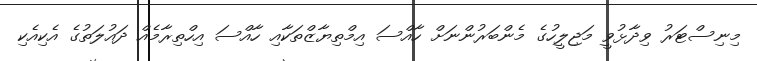
މިނިސްޓަރު ވިދާޅުވީ މަޖިލީހުގެ މެންބަރުންނަށް ހާއްސަ އިމްތިޔާޒްތަކާއި ހާއްސަ އިހްތިރާމެއް ދައުލަތުގެ އެކިއެކި